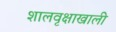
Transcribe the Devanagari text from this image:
शालवृक्षाखाली